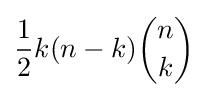
{\frac {1}{2}}k(n-k){\binom {n}{k}}